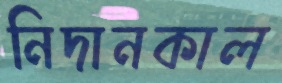
নিদানকাল